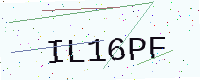
Text: IL16PF